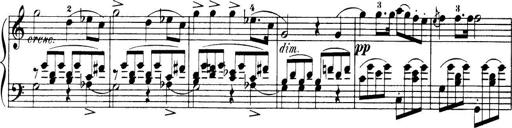
Title: 32 Sonatinas and Rondos for the Piano
Composer: Richard Kleinmichel